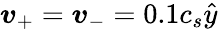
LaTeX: \boldsymbol{v}_{+}=\boldsymbol{v}_{-}=0.1c_{s}\hat{y}